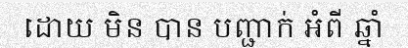
ដោយ មិន បាន បញ្ជាក់ អំពី ឆ្នាំ